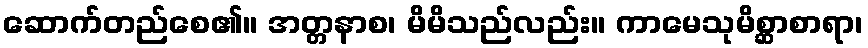
ဆောက်တည်စေ၏။ အတ္တနာစ၊ မိမိသည်လည်း။ ကာမေသုမိစ္ဆာစာရာ၊